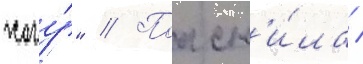
хочу́" // Поасн'и́ла /